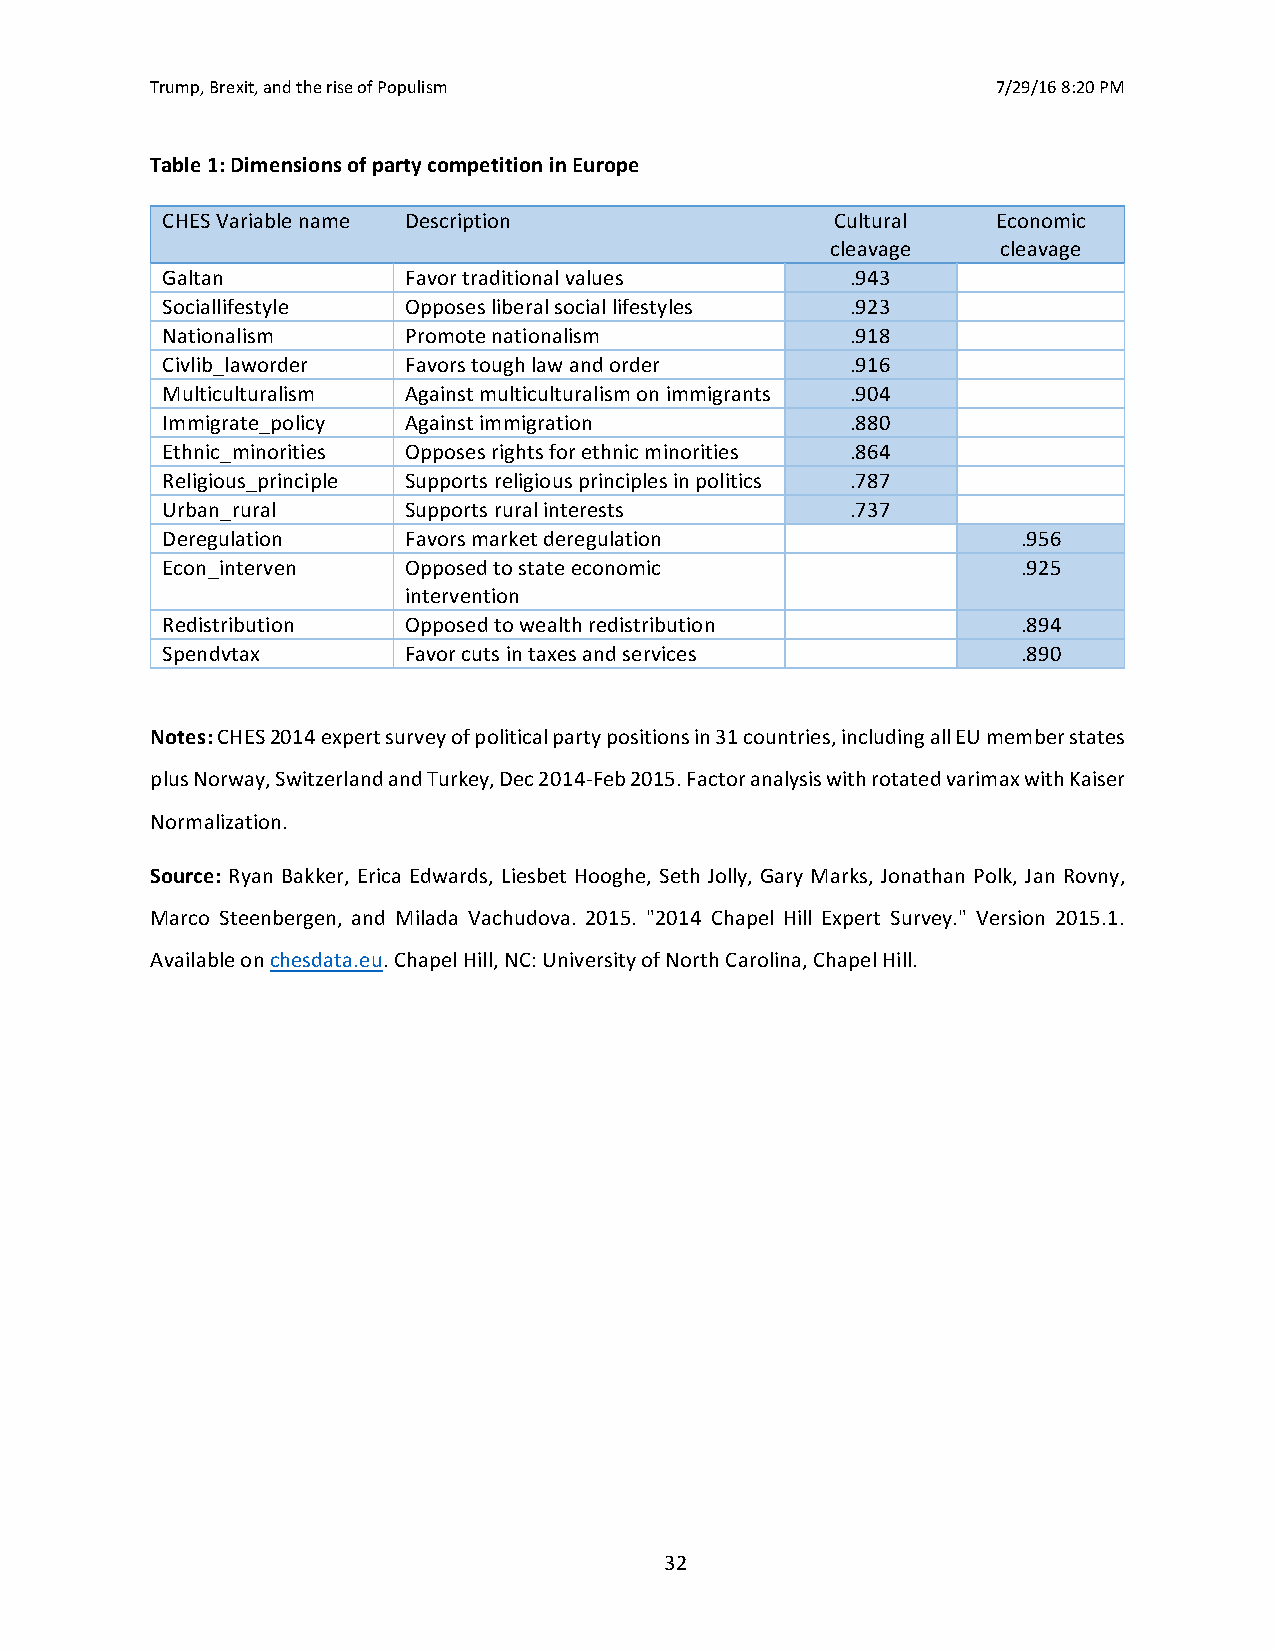
Trump, Brexit, and the rise of Populism                 7/29/16 8:20 PM
 Table 1: Dimensions of party competition in Europe
 CHES Variable name Description              Cultural   Economic
 cleavage   cleavage
 Galtan          Favor traditional values     .943
 Sociallifestyle Opposes liberal social lifestyles .923
 Nationalism     Promote nationalism          .918
 Civlib_laworder Favors tough law and order   .916
 Multiculturalism Against multiculturalism on immigrants .904
 Immigrate_policy Against immigration         .880
 Ethnic_minorities Opposes rights for ethnic minorities .864
 Religious_principle Supports religious principles in politics .787
 Urban_rural     Supports rural interests     .737
 Deregulation    Favors market deregulation               .956
 Econ_interven   Opposed to state economic                .925
 intervention
 Redistribution  Opposed to wealth redistribution         .894
 Spendvtax       Favor cuts in taxes and services         .890
 Notes: CHES 2014 expert survey of political party positions in 31 countries, including all EU member states
 plus Norway, Switzerland and Turkey, Dec 2014-Feb 2015. Factor analysis with rotated varimax with Kaiser
 Normalization.
 Source: Ryan Bakker, Erica Edwards, Liesbet Hooghe, Seth Jolly, Gary Marks, Jonathan Polk, Jan Rovny,
 Marco Steenbergen, and Milada Vachudova. 2015. "2014 Chapel Hill Expert Survey." Version 2015.1.
 Available on chesdata.eu. Chapel Hill, NC: University of North Carolina, Chapel Hill.
 32